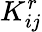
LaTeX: K_{ij}^{r}